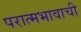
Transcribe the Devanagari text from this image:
परात्मभावाची